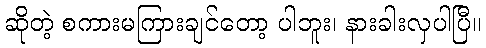
ဆိုတဲ့ စကားမကြားချင်တော့ ပါဘူး၊ နားခါးလှပါပြီ။